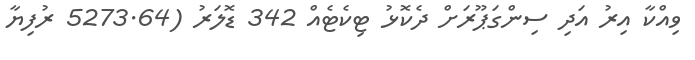
ވިއްކާ އިރު އަދި ސިންގަޕޫރަށް ދެކޮޅު ޓިކެޓެއް 342 ޑޮލަރު (5273.64 ރުފިޔާ